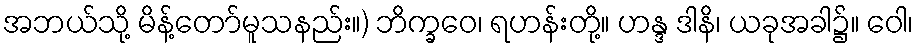
အဘယ်သို့ မိန့်တော်မူသနည်း။) ဘိက္ခဝေ၊ ရဟန်းတို့။ ဟန္ဒ ဒါနိ၊ ယခုအခါ၌။ ဝေါ၊